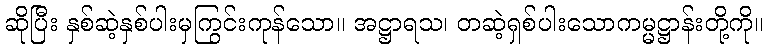
ဆိုပြီး နှစ်ဆဲ့နှစ်ပါးမှကြွင်းကုန်သော။ အဋ္ဌာရသ၊ တဆဲ့ရှစ်ပါးသောကမ္မဋ္ဌာန်းတို့ကို။